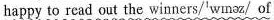
happy to read out the winners/'wɪnəz/ of